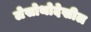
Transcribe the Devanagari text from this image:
लेसोथोदेखील